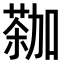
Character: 𫉕